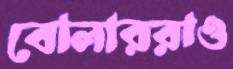
বোলাররাও